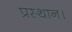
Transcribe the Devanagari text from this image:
प्रस्‍थान।